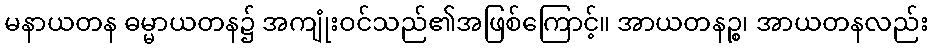
မနာယတန ဓမ္မာယတန၌ အကျုံးဝင်သည်၏အဖြစ်ကြောင့်။ အာယတနဉ္စ၊ အာယတနလည်း